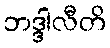
ဘဒ္ဒါလီတိ